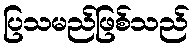
ပြသမည်ဖြစ်သည်